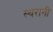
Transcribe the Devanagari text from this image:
स्थरानी